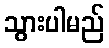
သွားပါမည်